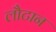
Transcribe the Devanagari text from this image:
लौटान